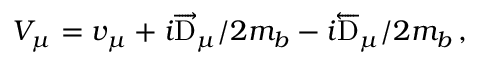
{ \cal V } _ { \mu } = v _ { \mu } + i \overrightarrow \mathrm { D } _ { \mu } / 2 m _ { b } - i \overleftarrow \mathrm { D } _ { \mu } / 2 m _ { b } \, ,